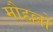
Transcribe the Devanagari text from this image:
मौहल्लो